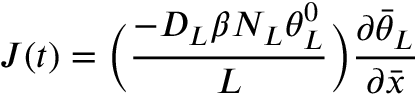
J ( t ) = \bigg ( \frac { - D _ { L } \beta N _ { L } \theta _ { L } ^ { 0 } } { L } \bigg ) \frac { \partial \bar { \theta } _ { L } } { \partial \bar { x } }